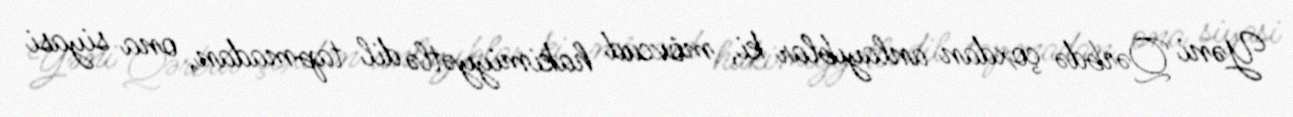
Yəni Qərbdə çoxdan anlayıblar ki, mövcud hakimiyyətlə dil tapmadan, ona siyasi